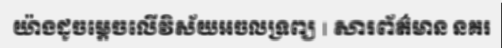
យ៉ាងដូចម្តេចលើវិស័យអចលទ្រព្យ | សារព័ត៌មាន នគរ